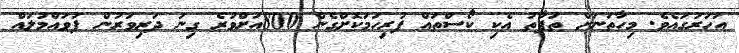
އަހަރުގައެވެ. މިހާތަނަށް ތަފާތު އެކި ކޯސްތައް ފުރިހަމަކޮށްގެން 800އަށްވުރެ ގިނަ ދަރިވަރުން ފުވައްމުލައް